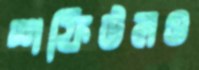
শফিউলও